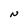
Character: N